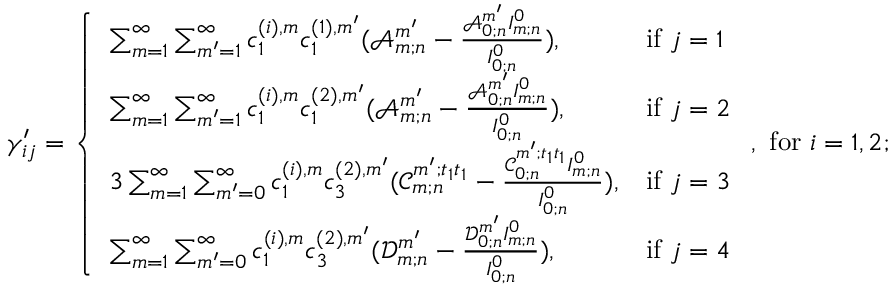
\gamma _ { i j } ^ { \prime } = \left\{ \begin{array} { l l } { \sum _ { m = 1 } ^ { \infty } \sum _ { m ^ { \prime } = 1 } ^ { \infty } c _ { 1 } ^ { ( i ) , m } c _ { 1 } ^ { ( 1 ) , m ^ { \prime } } ( \mathscr { A } _ { m ; n } ^ { m ^ { \prime } } - \frac { \mathscr { A } _ { 0 ; n } ^ { m ^ { \prime } } I _ { m ; n } ^ { 0 } } { I _ { 0 ; n } ^ { 0 } } ) , } & { \mathrm { i f ~ } j = 1 } \\ { \sum _ { m = 1 } ^ { \infty } \sum _ { m ^ { \prime } = 1 } ^ { \infty } c _ { 1 } ^ { ( i ) , m } c _ { 1 } ^ { ( 2 ) , m ^ { \prime } } ( \mathscr { A } _ { m ; n } ^ { m ^ { \prime } } - \frac { \mathscr { A } _ { 0 ; n } ^ { m ^ { \prime } } I _ { m ; n } ^ { 0 } } { I _ { 0 ; n } ^ { 0 } } ) , } & { \mathrm { i f ~ } j = 2 } \\ { 3 \sum _ { m = 1 } ^ { \infty } \sum _ { m ^ { \prime } = 0 } ^ { \infty } c _ { 1 } ^ { ( i ) , m } c _ { 3 } ^ { ( 2 ) , m ^ { \prime } } ( \mathscr { C } _ { m ; n } ^ { m ^ { \prime } ; t _ { 1 } t _ { 1 } } - \frac { \mathscr { C } _ { 0 ; n } ^ { m ^ { \prime } ; t _ { 1 } t _ { 1 } } I _ { m ; n } ^ { 0 } } { I _ { 0 ; n } ^ { 0 } } ) , } & { \mathrm { i f ~ } j = 3 } \\ { \sum _ { m = 1 } ^ { \infty } \sum _ { m ^ { \prime } = 0 } ^ { \infty } c _ { 1 } ^ { ( i ) , m } c _ { 3 } ^ { ( 2 ) , m ^ { \prime } } ( \mathscr { D } _ { m ; n } ^ { m ^ { \prime } } - \frac { \mathscr { D } _ { 0 ; n } ^ { m ^ { \prime } } I _ { m ; n } ^ { 0 } } { I _ { 0 ; n } ^ { 0 } } ) , } & { \mathrm { i f ~ } j = 4 } \end{array} \right. , \mathrm { ~ f o r ~ } i = 1 , 2 ;